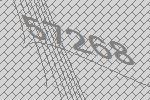
57268